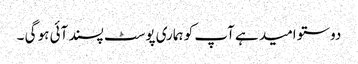
دوستو امید ہے آپ کو ہماری پوسٹ پسند آئی ہو گی ۔